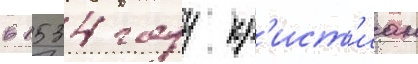
в 1534 году кр'ист'иан